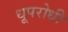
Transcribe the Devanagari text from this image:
धूपरोधी